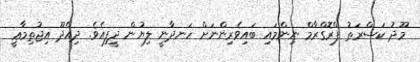
މޫދު ކަސްރަތު ޕްރޮގްރާމް ނިންމައި ބައިވެރިންނަށް ހަނދާނީ ލިޔުން ދީފިއެވެ. ދިއްދޫ އިޖުތިމާޢީ